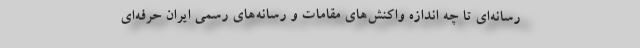
رسانه‌ای تا چه اندازه واکنش‌های مقامات و رسانه‌های رسمی ایران حرفه‌ای